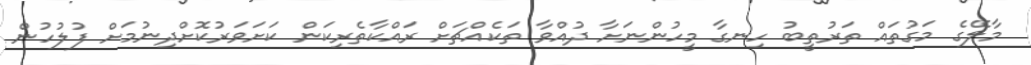
މާލޭގެ މަގުތައް ތަރުތީބު ހިނގާ މީހުންނަށާ ދުއްވާ ތަކެއްޗަށް ރައްކާތެރިކަން ކަށަވަރުކޮށްދިނުމަށް ފުލުހުން